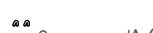
١٦